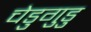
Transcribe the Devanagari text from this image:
चेडुगुडु